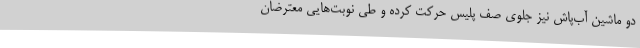
دو ماشین آب‌پاش نیز جلوی صف پلیس حرکت کرده و طی نوبت‌هایی معترضان